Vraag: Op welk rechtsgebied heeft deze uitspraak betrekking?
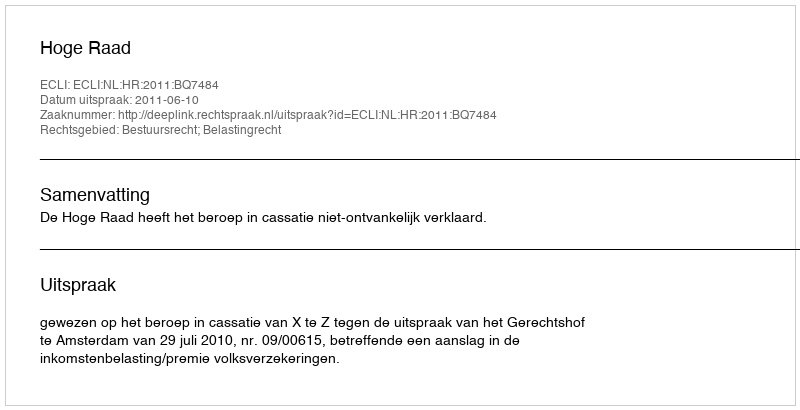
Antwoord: Bestuursrecht; Belastingrecht